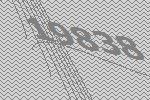
19838